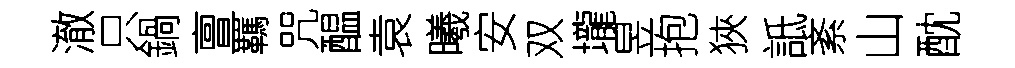
澈只鍋亶羈咒醖袁曦安双壠昱抱狹詆紊山酖